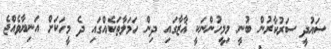
ސައުދީ ސަރުކާރުން ބުނީ މިމީހުންނަކީ ޣާޒާގައި ދިން ހަމަލާތަކެއްގައި ދެ މީހަކަށް އަނިޔާވެއްޖެ